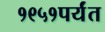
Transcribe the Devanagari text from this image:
१९५१पर्यंत